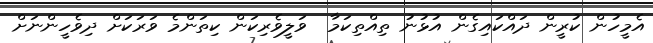
އެމީހުން ކުރީން ދައްކައިގެން އުޅުނު ތިއްތިކަމާ  ވަލީވެރިކަން ކިތަންމެ ވަރަކަށް ދިވެހީންނަށް